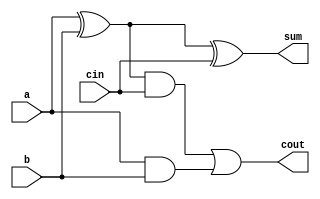
`timescale 1ns / 1ps



module full_adder(a, b, cin, sum, cout);


input a, b, cin;
output sum, cout;

xor inst1 (net1, a, b);
and inst2 (net2, a, b);
xor inst3 (sum, net1, cin);
and inst4 (net3, net1, cin);
or inst5 (cout, net3, net2);

endmodule